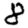
Digit: 8